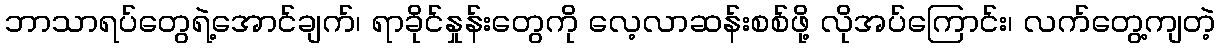
ဘာသာရပ်တွေရဲ့အောင်ချက်၊ ရာခိုင်နှုန်းတွေကို လေ့လာဆန်းစစ်ဖို့ လိုအပ်ကြောင်း၊ လက်တွေ့ကျတဲ့